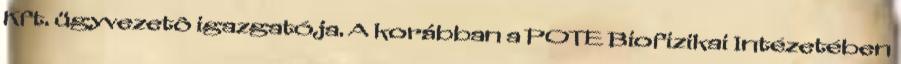
Kft. ügyvezetô igazgatója. A korábban a POTE Biofizikai Intézetében